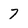
Character: 7